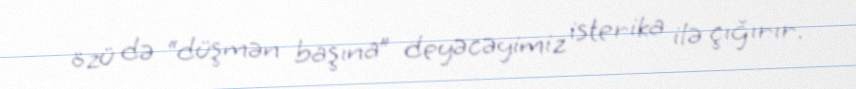
özü də “düşmən başına” deyəcəyimiz isterika ilə çığırır.